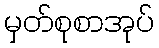
မှတ်စုစာအုပ်